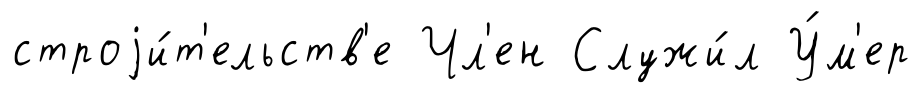
строjи́т'ельств'е Чл'ен Служи́л У́м'ер